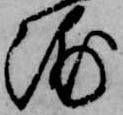
浦